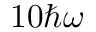
1 0 \hbar \omega